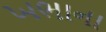
ખભાના